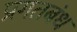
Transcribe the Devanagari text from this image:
प्रगतबंध